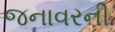
જનાવરની